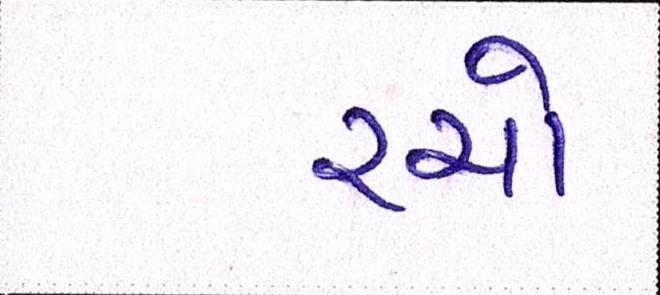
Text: રચો